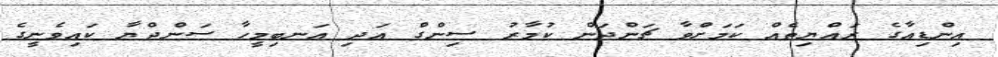
އިންޑިއާގެ ރައްޔިތެއް ކަމަށްވާ ޗަންދަން ކުމާރު ސިންގް އަދި އަނބިމީހާ ސަންދްޔާ ކައިވެނީގެ